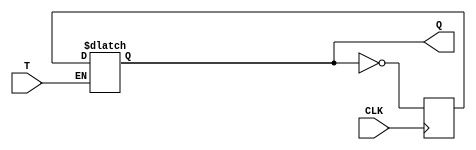
module T_latch (
    input T, // T input signal
    input CLK, // Clock input signal
    output reg Q // Output signal
);

reg D; // D input signal

// D flip-flop with inverted feedback
always @ (posedge CLK) begin
    D <= ~Q;
end

// Toggle flip-flop functionality
always @ (*) begin
    if (T) begin
        Q <= D;
    end
end

endmodule